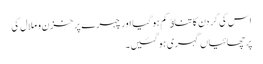
اس کی گردن کا تناﺅ کم ہو گیا اور چہرے پر خزن و ملال کی
پرچھائیاں گہری ہو گئیں۔